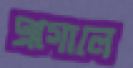
এগোলে